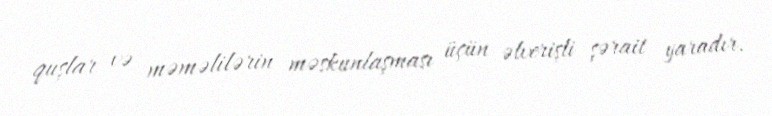
quşlar və məməlilərin məskunlaşması üçün əlverişli şərait yaradır.